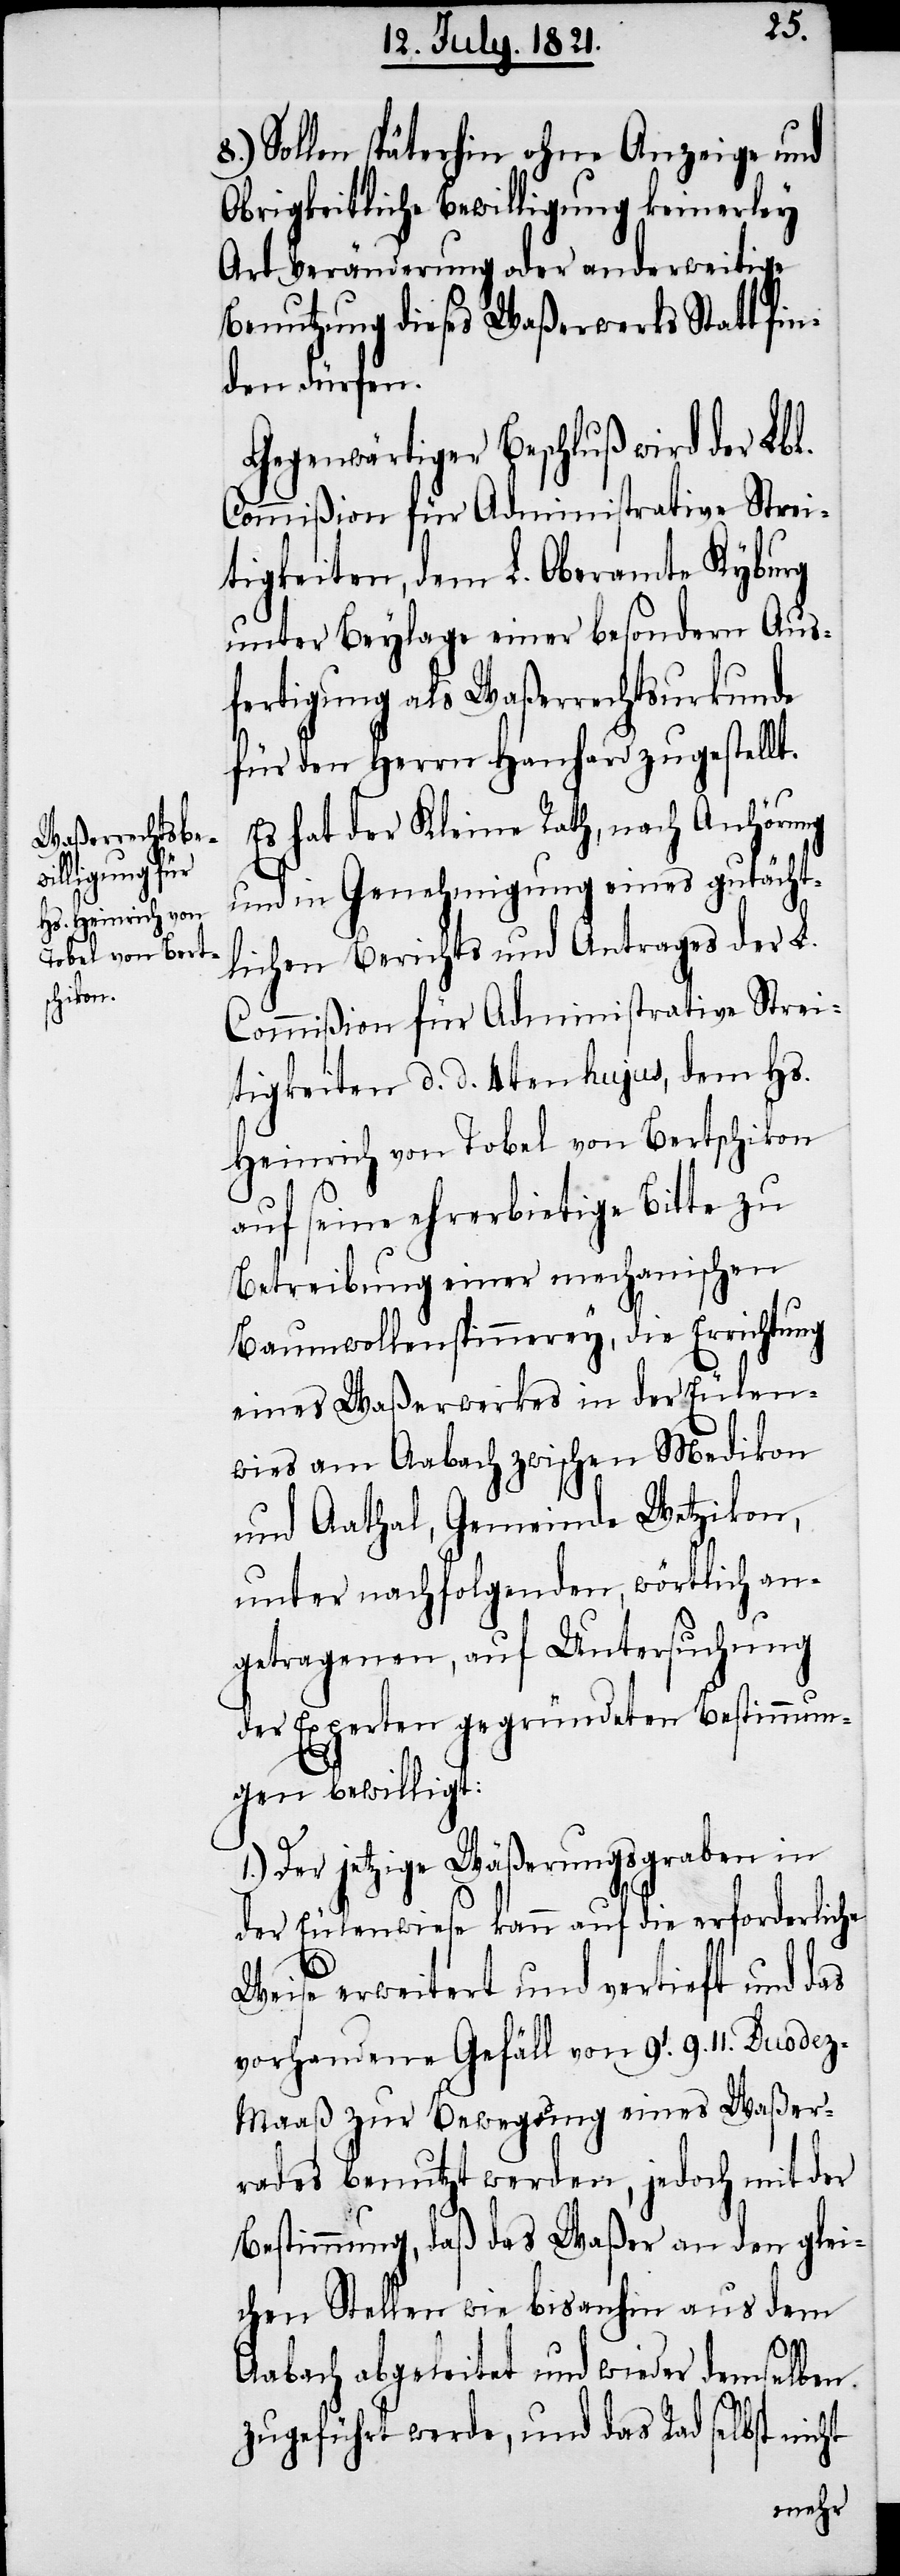
8.) Sollen späterhin ohne Anzeige und
Obrigkeitliche Bewilligung keinerley
Art Veränderung oder anderweitige
Benutzung dieses Waßerwerks Statt fi¬
nden dürfen.
Gegenwärtiger Beschluß wird der Lbl.
Commißion für Administrative Strei¬
tigkeiten, dem L. Oberamte Kyburg
unter Beylage einer besondern Aus¬
fertigung als Waßerrechtsurkunde
für den Herrn Hanhard zugestellt.
Es hat der Klein Rath, nach Anhörung
und in Genehmigung eines gutächt¬
lichen Berichts und Antrages der L.
Commißion für Administrative Strei¬
tigkeiten d. d. 4ten hujus, dem Hs.
Heinrich Tobel von Bertschikon
auf seine ehrerbietige Bitte zu
Betreibung einer mechanischen
Baumwollenspinnerey, die Errichtung
eines Waßerwerkes in der Eulen¬
wies am Aabach zwischen Medikon
und Aathal, Gemeinde Wetzikon,
unter nachfolgenden, wörtlich an¬
getragenen, auf Untersuchung
der Experten gegründeten Bestimmun¬
gen bewilligt:
1.) Der jetzige Wäßerungsgraben in
der Eulenwiese kann auf die erforderliche
Weise erweitert und vertieft und das
vorhandene Gefäll von 9.‘ 9.‘‘ Duode¬
z-Maaß zur Bewegung eines Waßer¬
rades benutzt werden, jedoch mit der
Bestimmung, daß das Waßer an den glei¬
chen Stellen wie bis anhin aus dem
Aabach abgeleitet und wieder demselben
zugeführt werde, und das Rad selbst nicht